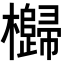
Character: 𣠗